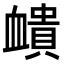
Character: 𧗏